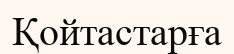
Қойтастарға